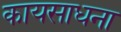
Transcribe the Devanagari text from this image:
कायसाधना